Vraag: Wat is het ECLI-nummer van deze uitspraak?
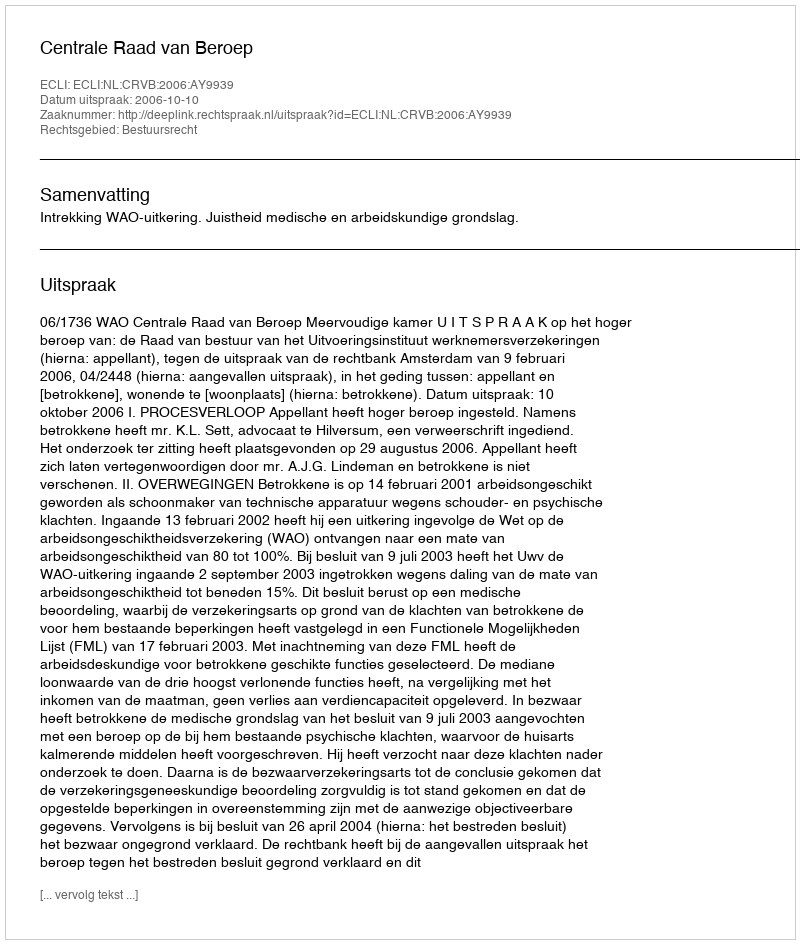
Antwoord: ECLI:NL:CRVB:2006:AY9939